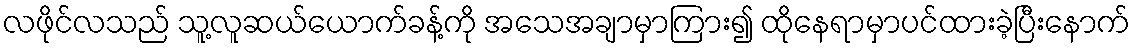
လဖိုင်လသည် သူ့လူဆယ်ယောက်ခန့်ကို အသေအချာမှာကြား၍ ထိုနေရာမှာပင်ထားခဲ့ပြီးနောက်